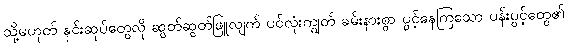
သို့မဟုတ် နှင်းဆုပ်တွေလို ဆွတ်ဆွတ်ဖြူလျက် ပင်လုံးကျွတ် ခမ်းနားစွာ ပွင့်နေကြသော ပန်းပွင့်တွေ၏